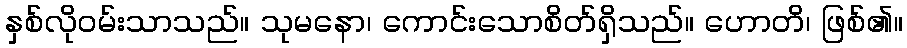
နှစ်လိုဝမ်းသာသည်။ သုမနော၊ ကောင်းသောစိတ်ရှိသည်။ ဟောတိ၊ ဖြစ်၏။